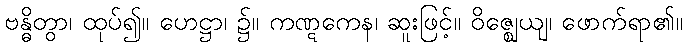
ဗန္ဓိတွာ၊ ထုပ်၍။ ဟေဋ္ဌာ၊ ၌။ ကဏ္ဋကေန၊ ဆူးဖြင့်။ ဝိဇ္ဈေယျ၊ ဖောက်ရာ၏။